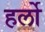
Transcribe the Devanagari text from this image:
हर्लो